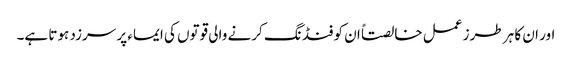
اور ان کا ہر طرز عمل خالصتاً ان کو فنڈ نگ کرنے والی قوتوں کی ایماء پر سرزد ہوتا ہے۔